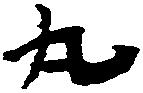
丸